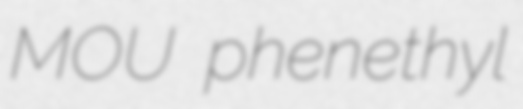
MOU phenethyl